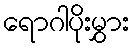
ရောဂါပိုးမွှား